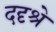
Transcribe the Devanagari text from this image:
ददृश्रे